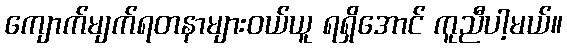
ကျောက်မျက်ရတနာများဝယ်ယူ ရရှိအောင် ကူညီပါ့မယ်။